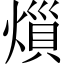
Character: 𪹟